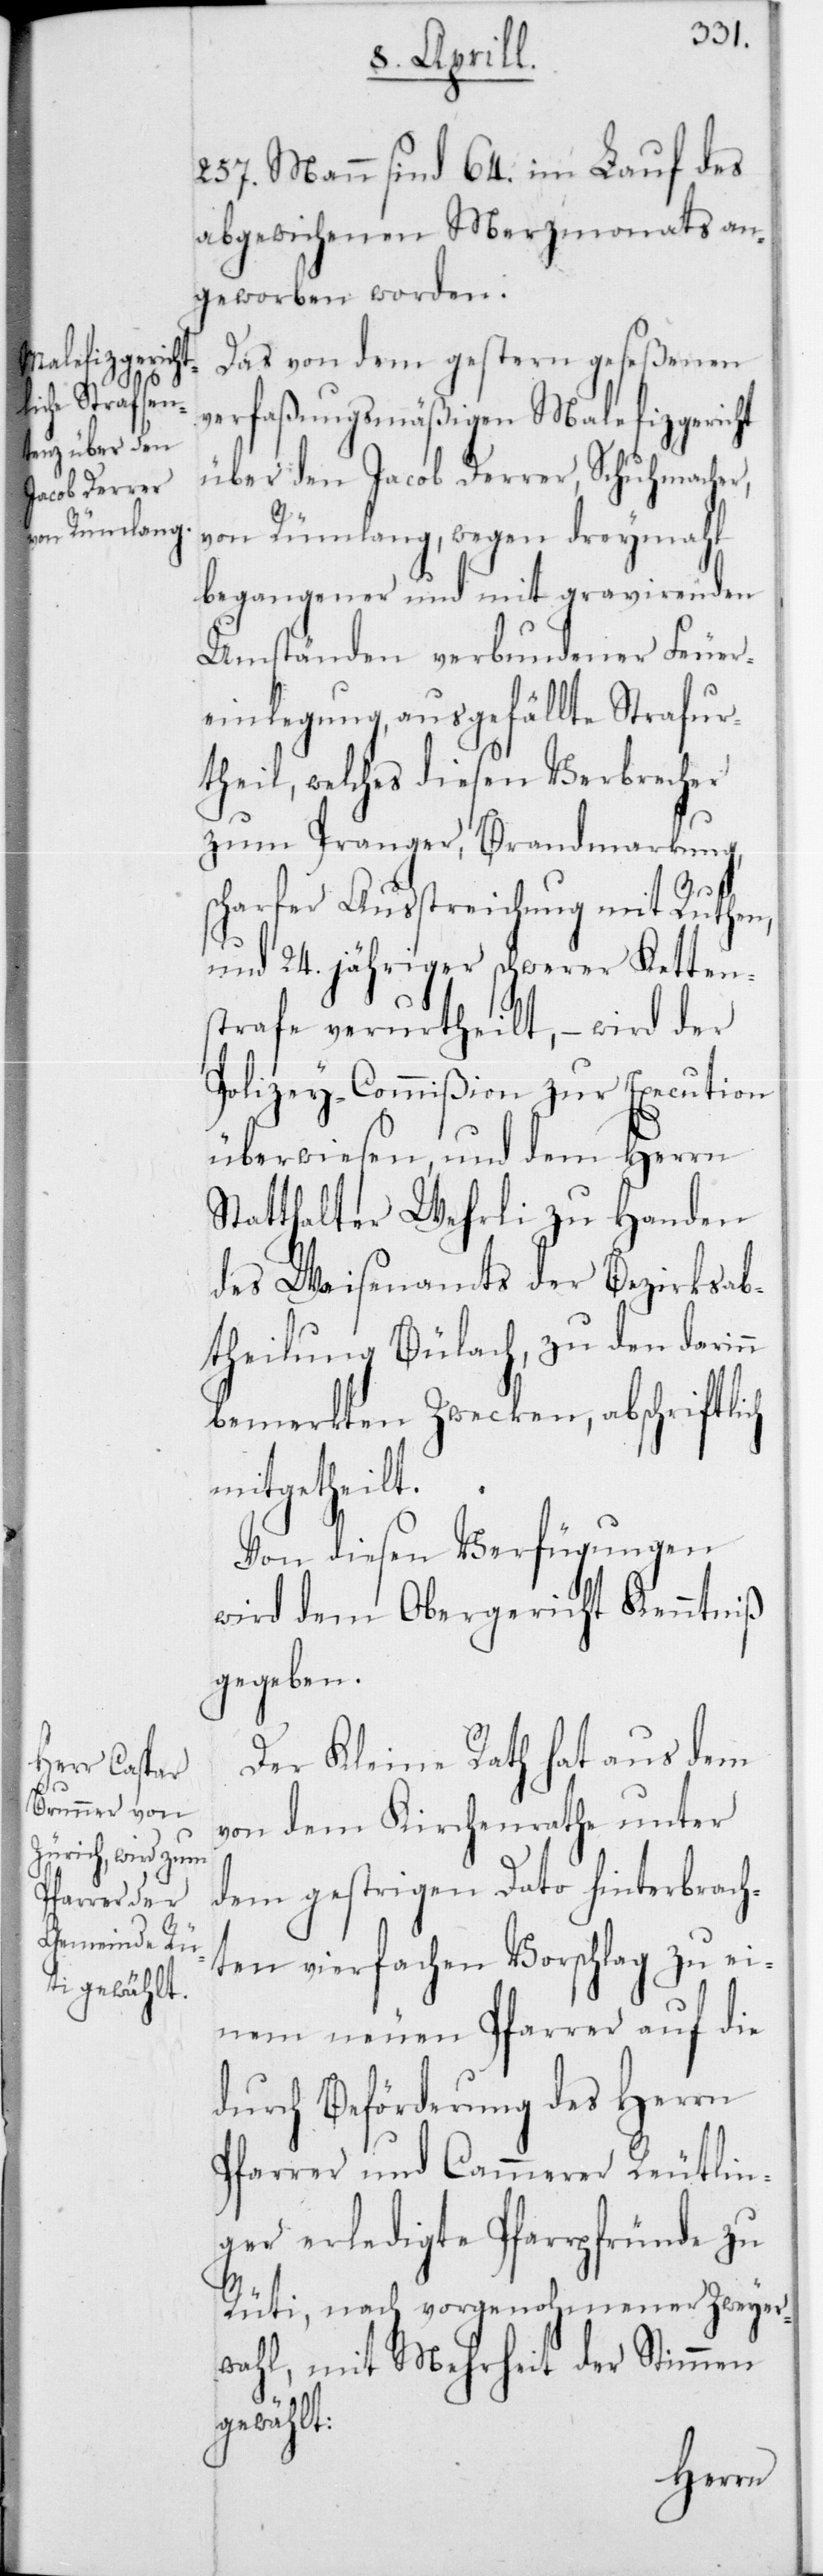
257 Mann sind 64 im Lauf des
abgewichenen Merzmonats an¬
geworben worden.
Das von dem gestern geseßenen
verfaßungsmäßigen Malefizgericht
über den Jacob Derrer, Schuhmacher,
von Rümlang, wegen dreymahl
begangener und mit gravierenden
Umständen verbundener Feuer¬
einlegung, ausgefällte Strafur¬
theil, welches diesen Verbrecher
zum Pranger, Brandmarkung,
charfer Ausstreichung mit Ruthen
und 24 jähriger schwerer Ketten¬
strafe verurtheilt, – wird der
Polizey-Commißion zur Execution
überwiesen, und dem Herrn
Statthalter Wehrli zu Handen
des Waisenamts der Bezirksab¬
theilung Bülach, zu den darinn
bemerkten Zwecken, abschriftli¬
ch
mitgetheilt.
Von diesen Verfügungen
wird dem Obergericht Kenntniß
gegeben.
Der Kleine Rath hat aus dem
von dem Kirchenrathe unter
dem gestrigen Dato hinterbrach¬
ten vierfachen Vorschlag zu ei¬
nem neuen Pfarrer auf die
durch Beförderung des Herrn
Pfarrer und Cammerer Reutlin¬
ger erledigte Pfarrpfründe zu
Rüti, nach vorgenohmener Zweyer¬
wahl, mit Mehrheit der Stimmen
gewählt: